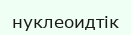
нуклеоидтік